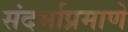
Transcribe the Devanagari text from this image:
संदर्भाप्रमाणे